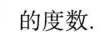
的度数。